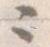
々